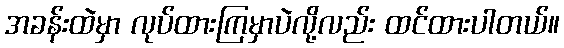
အခန်းထဲမှာ လုပ်ထားကြမှာပဲလို့လည်း ထင်ထားပါတယ်။